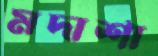
মদার্শা